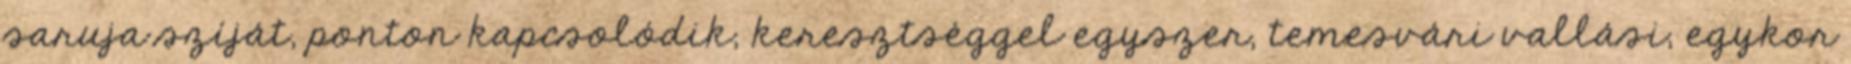
saruja szíját, ponton kapcsolódik, keresztséggel egyszer, temesvári vallási, egykor